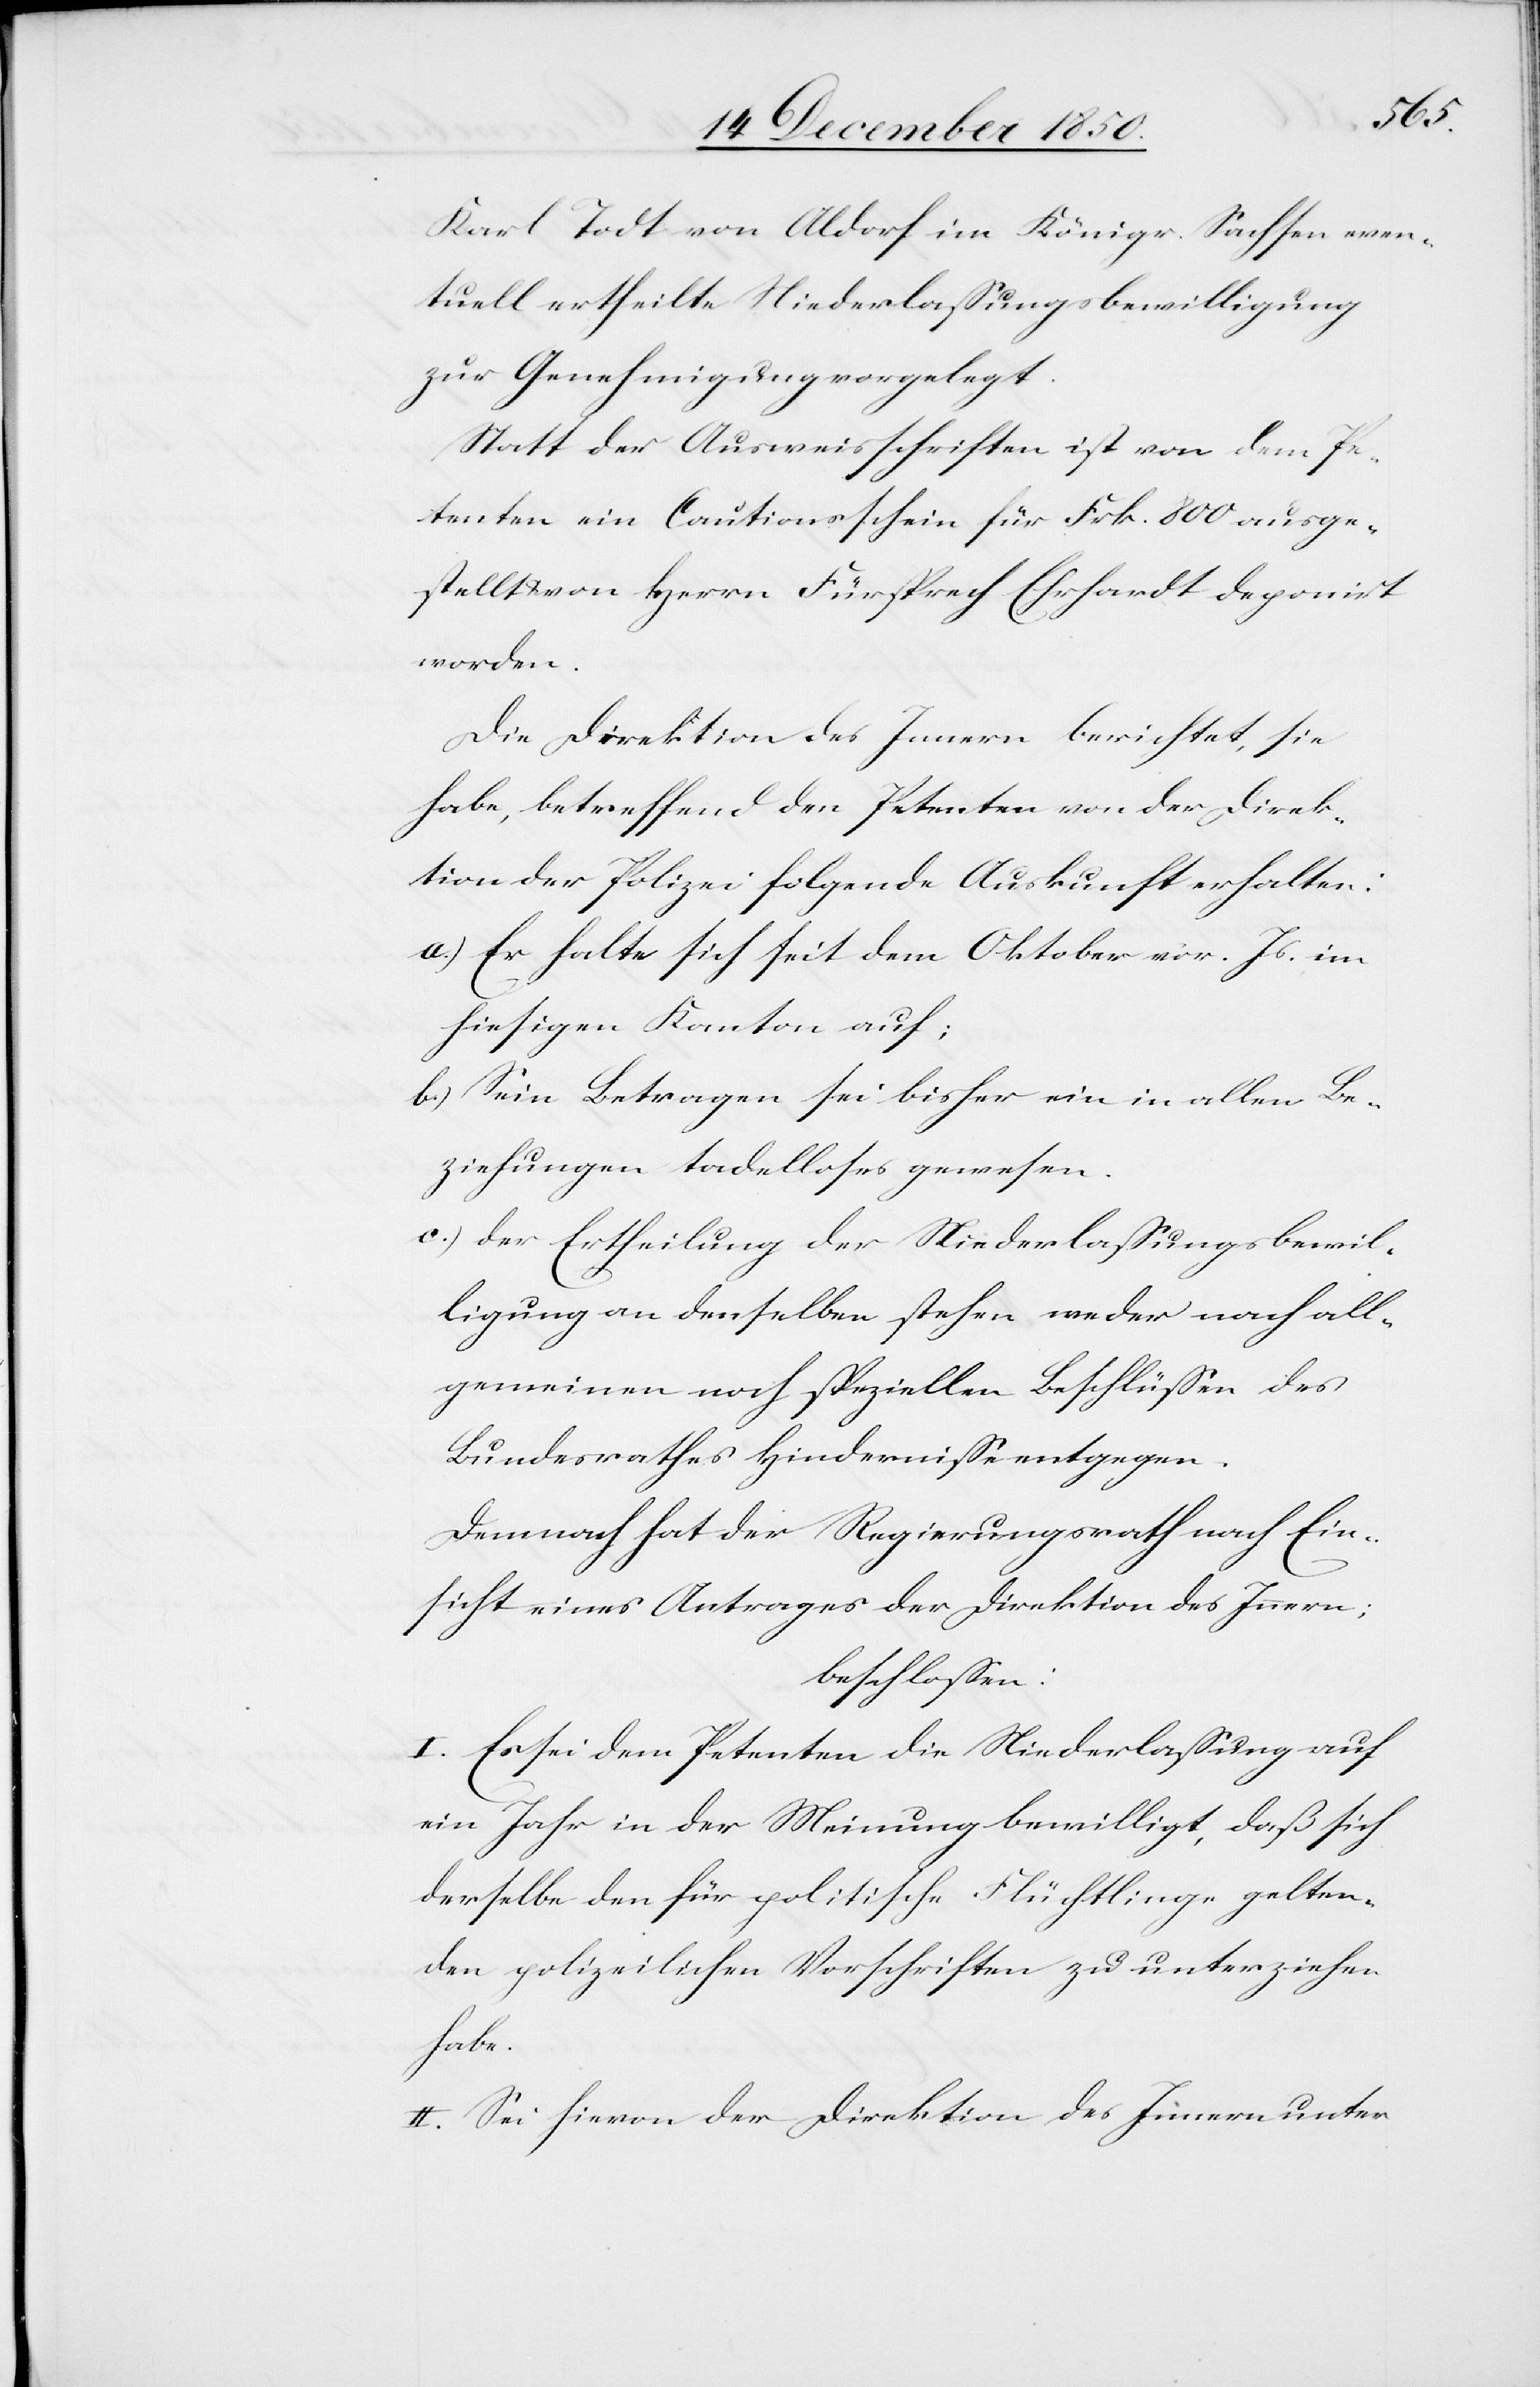
Karl Todt von Aldorf im Königr. Sachsen even¬
tuell ertheilte Niederlassungsbewilligung
zur Genehmigung vorgelegt.
Statt der Ausweisschriften ist von dem Pe¬
tenten ein Cautionsschein für Frk. 800 ausge¬
stellt u. von Herrn Fürsprech Ehrhardt deponirt
worden.
Die Direktion des Innern berichtet, sie
habe, betreffend den Petenten von der Direk¬
tion der Polizei folgende Auskunft erhalten:
a.) Er halte sich seit dem Oktober vor. Js. im
hiesigen Kanton auf;
b.) Sein Betragen sei bisher ein in allen Be¬
ziehungen tadelloses gewesen.
c.) der Ertheilung der Niederlassungsbewil¬
ligung an denselben stehen weder nach all¬
gemeinen noch speziellen Beschlüssen des
Bundesrathes Hindernisse entgegen.
Demnach hat der Regierungsrath nach Ein¬
sicht eines Antrages der Direktion des Innern;
beschlossen:
I. Es sei dem Petenten die Niederlassung auf
ein Jahr in der Meinung bewilligt, daß sich
derselbe den für politische Flüchtlinge gelten¬
den polizeilichen Vorschriften zu unterziehen
habe.
II. Sei hievon der Direktion des Innern unter